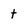
Character: t